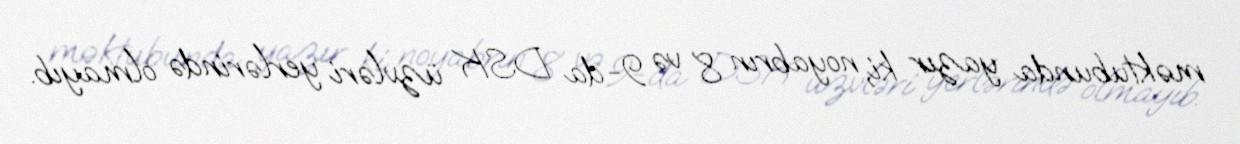
məktubunda yazır ki, noyabrın 8 və 9-da DSK üzvləri yerlərində olmayıb.